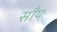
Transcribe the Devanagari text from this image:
साँयः